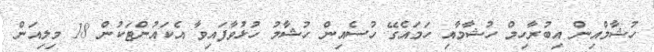
ހުޝާމްއިން އިބުރާހިމް ހުޝާމާއި ހަމައެގޭ ހުސެއިން ހުޝާމު ހުޅުވާފައިވާ އެކައުންޓަކުން 18 މިލިއަން